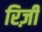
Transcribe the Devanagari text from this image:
रिज़ी